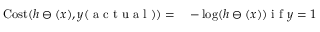
\begin{array} { r l } { \operatorname { C o s t } ( h \ominus ( x ) , y ( \mathrm { ~ a ~ c ~ t ~ u ~ a ~ l ~ } ) ) = } & { { } - \log ( h \ominus ( x ) ) \mathrm { ~ i ~ f ~ } y = 1 } \end{array}